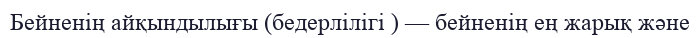
Бейненің айқындылығы (бедерлілігі ) — бейненің ең жарық және